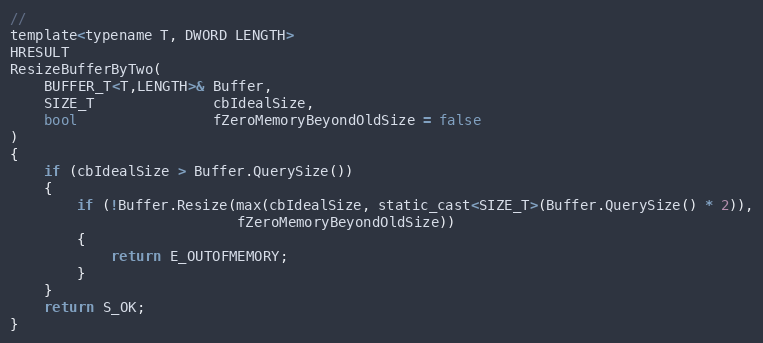
Language: C
//
template<typename T, DWORD LENGTH>
HRESULT
ResizeBufferByTwo(
    BUFFER_T<T,LENGTH>& Buffer,
    SIZE_T              cbIdealSize,
    bool                fZeroMemoryBeyondOldSize = false
)
{
    if (cbIdealSize > Buffer.QuerySize())
    {
        if (!Buffer.Resize(max(cbIdealSize, static_cast<SIZE_T>(Buffer.QuerySize() * 2)),
                           fZeroMemoryBeyondOldSize))
        {
            return E_OUTOFMEMORY;
        }
    }
    return S_OK;
}